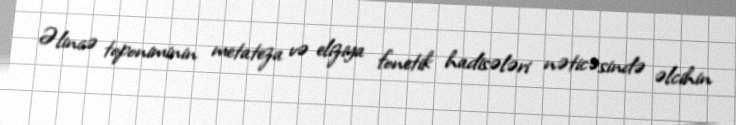
Əlincə toponiminin metateza və eliziya fonetik hadisələri nəticəsində əlcihin